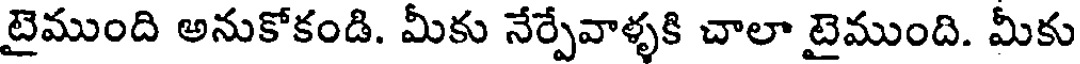
టైముంది అనుకోకండి. మీకు నేర్పేవాళ్ళకి చాలా టైముంది. మీకు